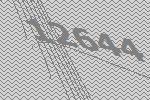
12644